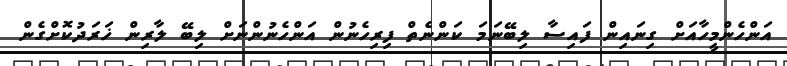
އަންހެންމީހާއަށް ގިނައިން ފައިސާ ލިބޭނަމަ ކަންނެތް ފިރިހެނުން އަންހެނުންނަށް ލިބޭ ލާރިން ޚަރަދުކޮށްގެން